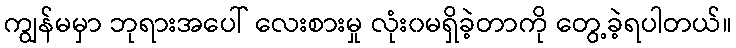
ကျွန်မမှာ ဘုရားအပေါ် လေးစားမှု လုံး၀မရှိခဲ့တာကို တွေ့ခဲ့ရပါတယ်။